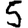
Digit: 5